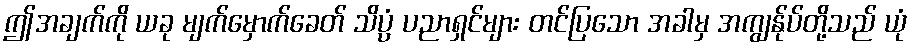
ဤအချက်ကို ယခု မျက်မှောက်ခေတ် သိပ္ပံ ပညာရှင်များ တင်ပြသော အခါမှ အကျွန်ုပ်တို့သည် ယုံ